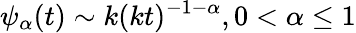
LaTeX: \psi_{\alpha}(t)\sim k(kt)^{-1-\alpha},0<\alpha\leq 1